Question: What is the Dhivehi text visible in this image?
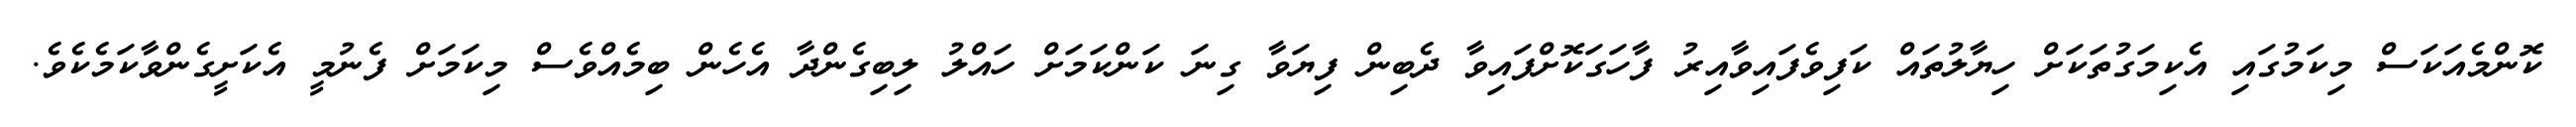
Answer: ކޮންމެއަކަސް މިކަމުގައި އެކިމަގުތަކަށް ހިޔާލުތައް ކަފިވެފައިވާއިރު ފާހަގަކޮށްފައިވާ ދެބިން ފިޔަވާ ގިނަ ކަންކަމަށް ހައްލު ލިބިގެންދާ އެހެން ބިމެއްވެސް މިކަމަށް ފެނުމީ އެކަށީގެންވާކަމެކެވެ.